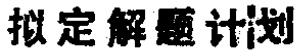
拟定解题计划